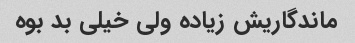
ماندگاریش زیاده ولی خیلی بد بوه